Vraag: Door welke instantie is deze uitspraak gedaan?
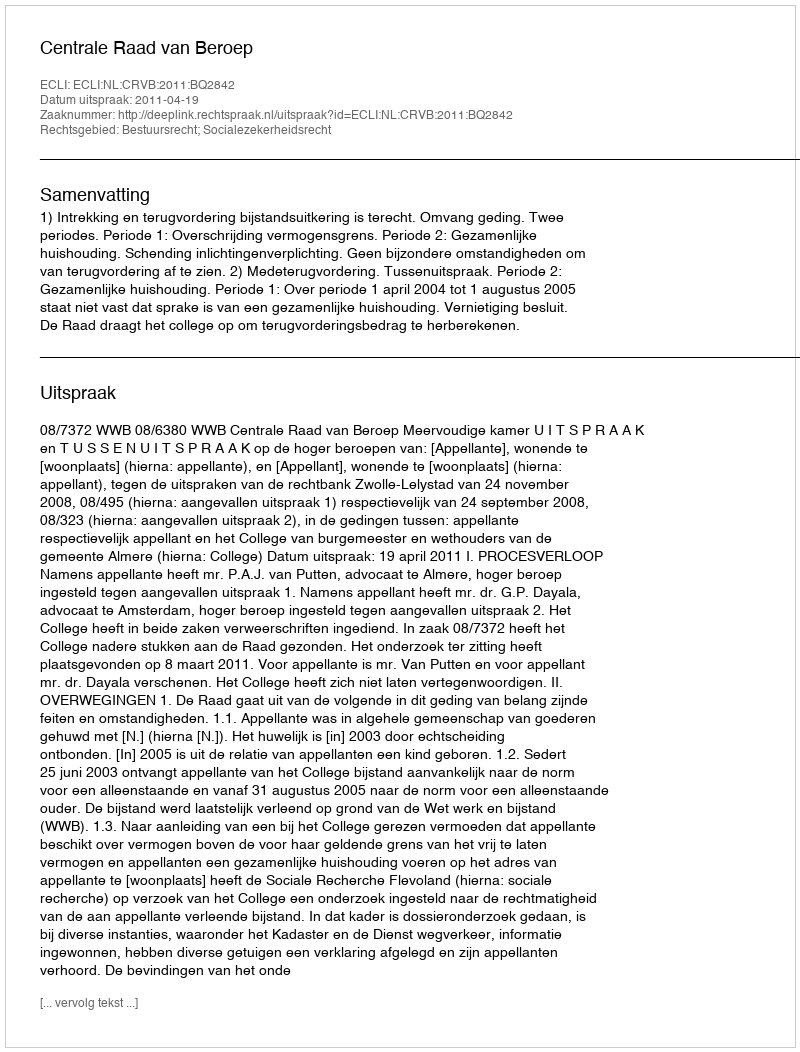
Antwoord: Centrale Raad van Beroep